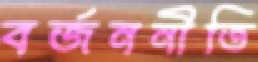
বর্জননীতি